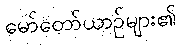
မော်တော်ယာဉ်များ၏